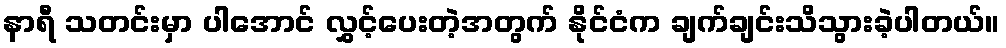
နာရီ သတင်းမှာ ပါအောင် လွှင့်ပေးတဲ့အတွက် နိုင်ငံက ချက်ချင်းသိသွားခဲ့ပါတယ်။